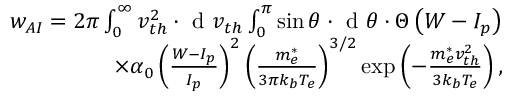
\begin{array} { r } { w _ { A I } = 2 \pi \int _ { 0 } ^ { \infty } v _ { t h } ^ { 2 } \cdot \mathrm { ~ d ~ } v _ { t h } \int _ { 0 } ^ { \pi } \sin \theta \cdot \mathrm { ~ d ~ } \theta \cdot \Theta \left( W - I _ { p } \right) } \\ { \times \alpha _ { 0 } \left( \frac { W - I _ { p } } { I _ { p } } \right) ^ { 2 } \left( \frac { m _ { e } ^ { * } } { 3 \pi k _ { b } T _ { e } } \right) ^ { 3 / 2 } \exp \left( - \frac { m _ { e } ^ { * } v _ { t h } ^ { 2 } } { 3 k _ { b } T _ { e } } \right) , } \end{array}